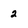
Character: 2